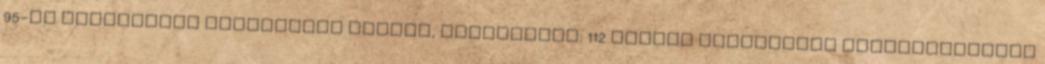
95-ös oktánszámú ólmozatlan Mentők, Tűzoltóság: 112 Vasúti közlekedés Németországban